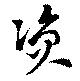
資